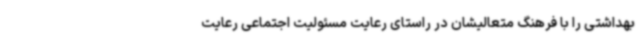
بهداشتی را با فرهنگ متعالیشان در راستای رعایت مسئولیت اجتماعی رعایت